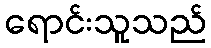
ရောင်းသူသည်